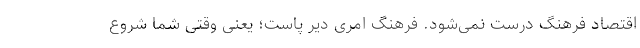
اقتصاد فرهنگ درست نمی‌شود. فرهنگ امری دیر پاست؛ یعنی وقتی شما شروع